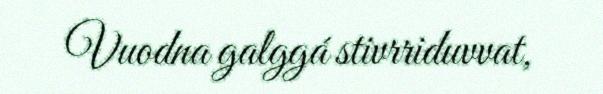
Vuodna galggá stivrriduvvat,